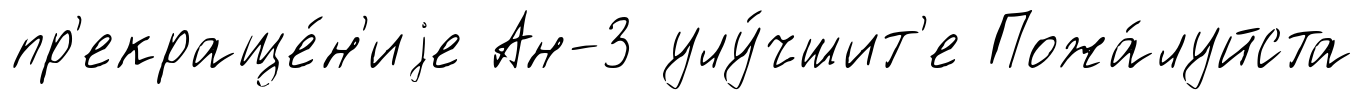
пр'екраще́н'иjе Ан-3 улу́чшит'е Пожа́луйста